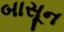
બાસૂન